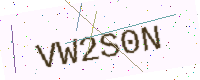
Text: VW2S0N